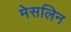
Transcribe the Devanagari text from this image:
मेसलिन